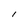
Character: l